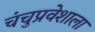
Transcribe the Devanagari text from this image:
चंचुप्रवेशाला